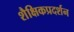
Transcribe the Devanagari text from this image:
शैक्षिकप्रदर्शन